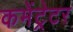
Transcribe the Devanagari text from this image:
कमेंट्रेटर